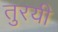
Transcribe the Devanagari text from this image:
तुरयी